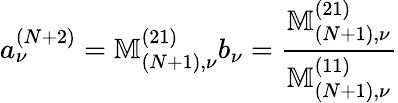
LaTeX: a_{\nu}^{(N+2)}=\mathbb{M}_{(N+1),\nu}^{(21)}b_{\nu}=\frac{\mathbb{M}_{(N+1),\nu}^{(21)}}{\mathbb{M}_{(N+1),\nu}^{(11)}}